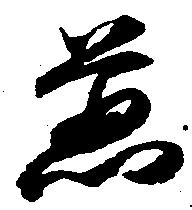
荒